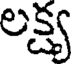
లక్ష్య